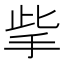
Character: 㧘